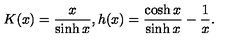
K ( x ) = \frac { x } { \sinh { x } } , h ( x ) = \frac { \cosh { x } } { \sinh { x } } - \frac { 1 } { x } .